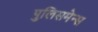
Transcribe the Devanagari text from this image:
पुलिसमेन्स